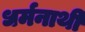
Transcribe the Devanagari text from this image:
धर्मनाथी